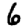
Digit: 6